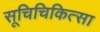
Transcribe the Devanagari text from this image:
सूचिचिकित्सा